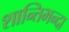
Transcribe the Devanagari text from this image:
शान्तिभन्दा